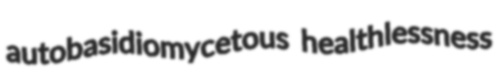
autobasidiomycetous healthlessness